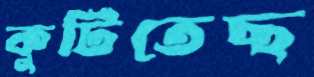
কুটিতেছ